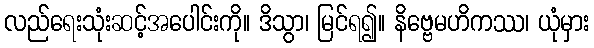
လည်ရေးသုံးဆင့်အပေါင်းကို။ ဒိသွာ၊ မြင်ရ၍။ နိဗ္ဗေမဟိကဿ၊ ယုံမှား